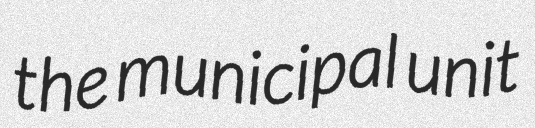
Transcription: the municipal unit